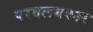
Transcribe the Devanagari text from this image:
परवलयकार